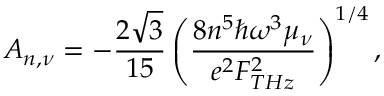
A _ { n , \nu } = - \frac { 2 \sqrt { 3 } } { 1 5 } \left( \frac { 8 n ^ { 5 } \hbar \omega ^ { 3 } \mu _ { \nu } } { e ^ { 2 } F _ { T H z } ^ { 2 } } \right) ^ { 1 / 4 } ,